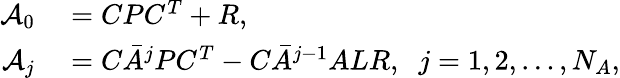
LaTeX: \begin{array}{rl}{\mathcal{A}_{0}}&{{}=CPC^{T}+R,}\\ {\mathcal{A}_{j}}&{{}=C\bar{A}^{j}PC^{T}-C\bar{A}^{j-1}ALR,\; \; j=1,2,\ldots,N_{A},}\end{array}